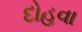
દોહવા